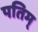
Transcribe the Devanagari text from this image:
पतिम्